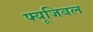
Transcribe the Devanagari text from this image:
फ्यूजिबल